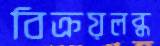
বিক্রয়লব্ধ